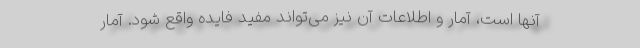
آنها است، آمار و اطلاعات آن نیز می‌تواند مفید فایده واقع شود. آمار